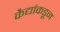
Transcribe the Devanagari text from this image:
कैद्यांकडून